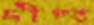
দীপ্ত